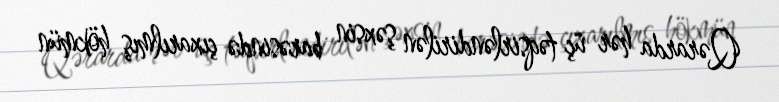
Qərarda hər üç təqsirləndirilən şəxsin barəsində çıxarılmış hökmün